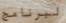
لبرنامج